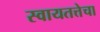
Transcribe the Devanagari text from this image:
स्वायतत्तेचा